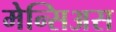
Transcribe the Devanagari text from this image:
मेन्सिअस